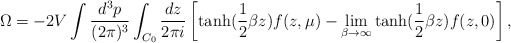
\begin{align*}\Omega =- 2 V \int \frac {d^3p} {(2\pi)^3} \int_{C_0} \frac{dz}{2\pi i} \left [\mbox{tanh} (\frac 12 \beta z) f(z,\mu)-\lim_{\beta\rightarrow \infty} \mbox{tanh} (\frac 12 \beta z) f(z,0) \right ],\end{align*}